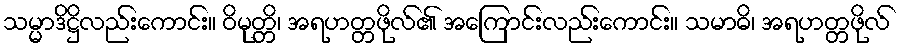
သမ္မာဒိဋ္ဌိလည်းကောင်း။ ဝိမုတ္တိ၊ အရဟတ္တဖိုလ်၏ အကြောင်းလည်းကောင်း။ သမာဓိ၊ အရဟတ္တဖိုလ်